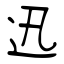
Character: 迅